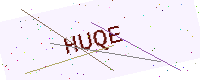
Text: HUQE